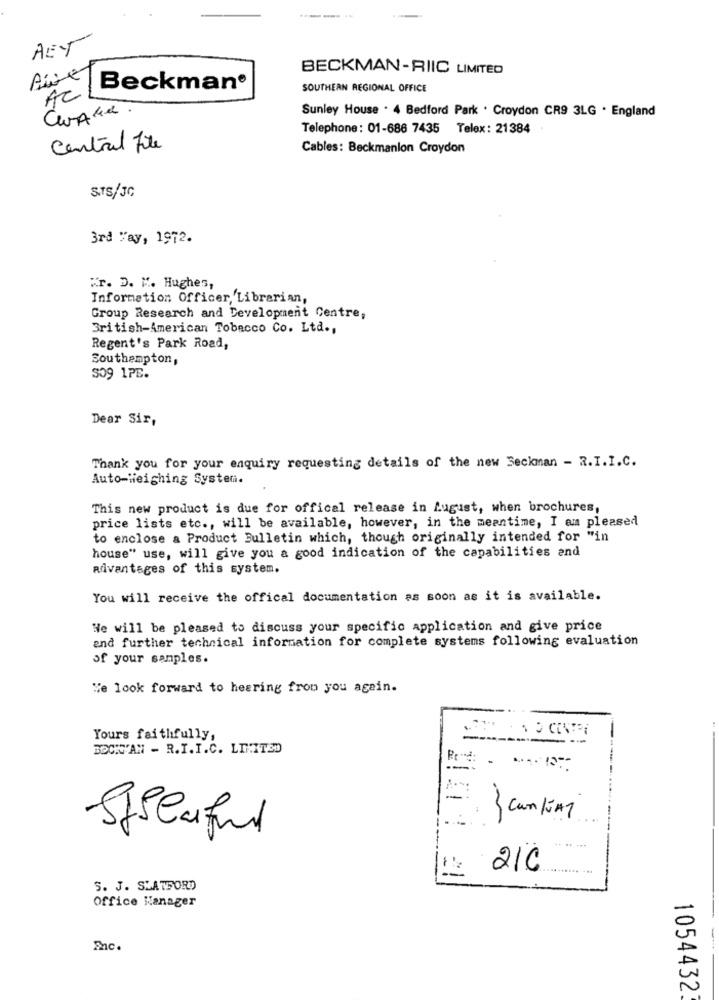
AET
BECKMAN-RIIC LIMITED
Aire
0
Beckman®
SOUTHERN REGIONAL OFFICE
AC
Sunley House . 4 Bedford Park . Croydon CR9 3LG . England
Telephone: 01-686 7435 Telex: 21384
Central File
Cables: Beckmanion Croydon
S.TS/JG
3rd Yay, 1972.
Kr. D. I. Hughes,
Information Officer, Librarian,
Group Research and Development Centre,
British-American Tobacco Co. Ltd .,
Regent's Park Road,
Southampton,
S09 1PE.
Dear Sir,
Thank you for your enquiry requesting details of the new Beckman - R.I.I.C.
Auto-Weighing System.
This new product is due for offical release in August, when brochures,
price lists etc ., will be available, however, in the meantime, I am pleased
to enclose a Product Bulletin which, though originally intended for "in
house" use, will give you a good indication of the capabilities and
advantages of this system.
You will receive the offical documentation as soon as it is available.
We will be pleased to discuss your specific application and give price
and further technical information for complete systems following evaluation
of your samples.
Ne look forward to hearing from you again.
Yours faithfully,
-
BOCK'AN - R.I. I.C. LIMITED
.
-
3 canliny
Sfilaful
21C
S. J. SLATFORD
Office Manager
Enc.
1054432.